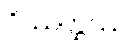
ဝိဿတ္ထဿ